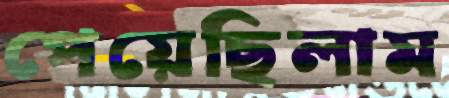
পেয়েছিলাম